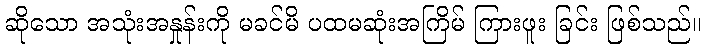
ဆိုသော အသုံးအနှုန်းကို မခင်မိ ပထမဆုံးအကြိမ် ကြားဖူး ခြင်း ဖြစ်သည်။